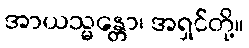
အာယသ္မန္တော၊ အရှင်တို့။